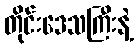
တိုင်းဒေသကြီးနဲ့